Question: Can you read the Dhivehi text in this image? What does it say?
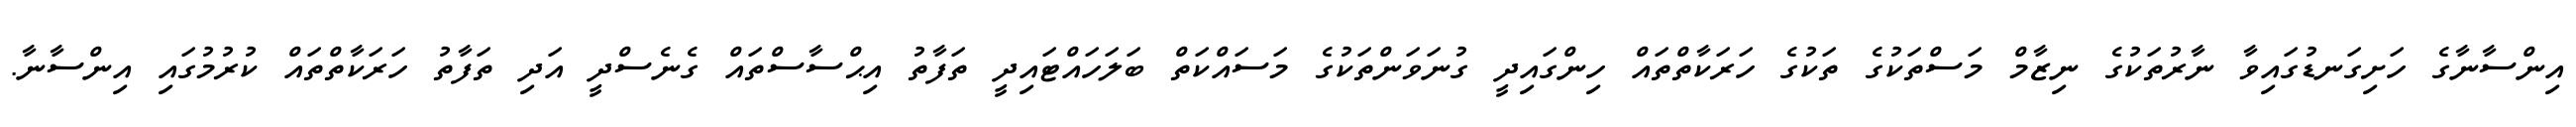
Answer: އިންސާނާގެ ހަށިގަނޑުގައިވާ ނާރުތަކުގެ ނިޒާމް މަސްތަކުގެ ތަކުގެ ހަރަކާތްތައް ހިންގައިދީ ގުނަވަންތަކުގެ މަސައްކަތް ބަލަހައްޓައިދީ ތަފާތު އިޙްސާސްތައް ގެނެސްދީ އަދި ތަފާތު ހަރަކާތްތައް ކުރުމުގައި އިންސާނާ.